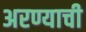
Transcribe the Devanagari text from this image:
अरण्याची